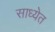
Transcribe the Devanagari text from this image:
साध्येत